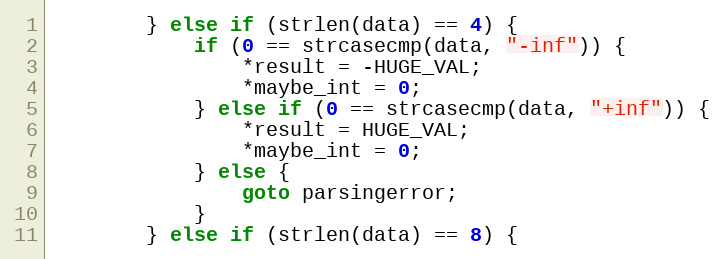
Language: C
        } else if (strlen(data) == 4) {
            if (0 == strcasecmp(data, "-inf")) {
                *result = -HUGE_VAL;
                *maybe_int = 0;
            } else if (0 == strcasecmp(data, "+inf")) {
                *result = HUGE_VAL;
                *maybe_int = 0;
            } else {
                goto parsingerror;
            }
        } else if (strlen(data) == 8) {